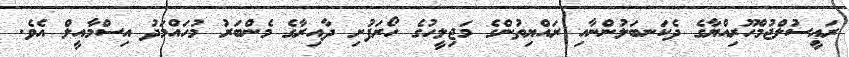
ރައީސުލްޖުމްހޫރިއްޔާގެ ދެކަނބަލުންނާއި ރައްޔިތުންގެ މަޖިލީހުގެ ހޯރަފުށި ދާއިރާގެ މެންބަރު މުހައްމަދު އިސްމާއީލް އެވެ.